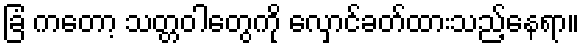
ခြံ ကတော့ သတ္တဝါတွေကို လှောင်ခတ်ထားသည့်နေရာ။